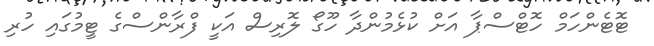
ޓޮޓެންހަމް ހޮޓްސްޕާ އަށް ކުޅެމުންދާ ހޫގޯ ލޮރިސް އަކީ ފްރާންސްގެ ޓީމުގައި ހުރި